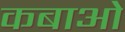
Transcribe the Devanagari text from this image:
कबाओ